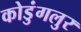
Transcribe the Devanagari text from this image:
कोडुंगलुर